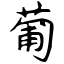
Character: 葡